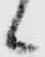
候